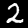
Label: 2